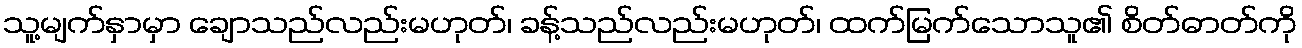
သူ့မျက်နှာမှာ ချောသည်လည်းမဟုတ်၊ ခန့်သည်လည်းမဟုတ်၊ ထက်မြက်သောသူ၏ စိတ်ဓာတ်ကို